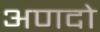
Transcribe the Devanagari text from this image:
अणदो